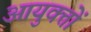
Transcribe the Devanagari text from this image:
आयुक्‍तों